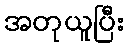
အတုယူပြီး